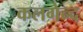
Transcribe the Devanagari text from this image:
कलगेन्द